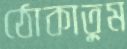
ঠোকাতুম